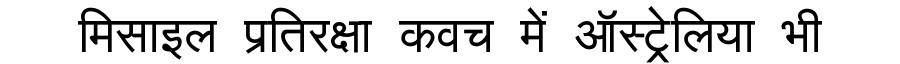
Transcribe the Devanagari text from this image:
मिसाइल प्रतिरक्षा कवच में ऑस्ट्रेलिया भी